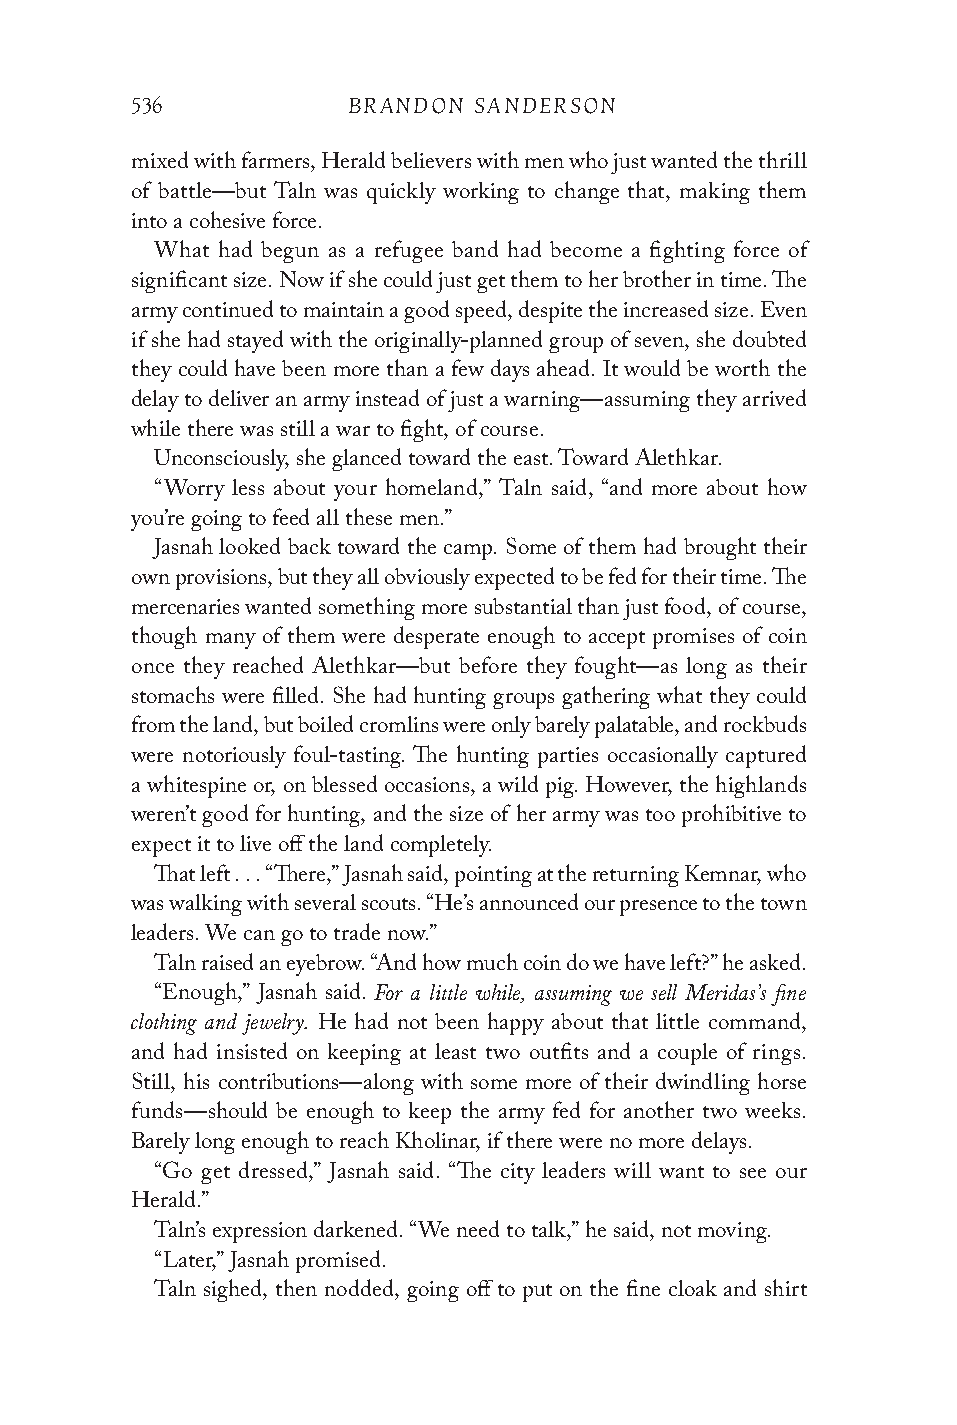
536           BRANDON SANDERSON
 mixed with farmers, Herald believers with men who just wanted the thrill
 of battle—but Taln was quickly working to change that, making them
 into a cohesive force.
 What had begun as a refugee band had become a fighting force of
 significant size. Now if she could just get them to her brother in time. The
 army continued to maintain a good speed, despite the increased size. Even
 if she had stayed with the originally-planned group of seven, she doubted
 they could have been more than a few days ahead. It would be worth the
 delay to deliver an army instead of just a warning—assuming they arrived
 while there was still a war to fight, of course.
 Unconsciously, she glanced toward the east. Toward Alethkar.
 “Worry less about your homeland,” Taln said, “and more about how
 you’re going to feed all these men.”
 Jasnah looked back toward the camp. Some of them had brought their
 own provisions, but they all obviously expected to be fed for their time. The
 mercenaries wanted something more substantial than just food, of course,
 though many of them were desperate enough to accept promises of coin
 once they reached Alethkar—but before they fought—as long as their
 stomachs were filled. She had hunting groups gathering what they could
 from the land, but boiled cromlins were only barely palatable, and rockbuds
 were notoriously foul-tasting. The hunting parties occasionally captured
 a whitespine or, on blessed occasions, a wild pig. However, the highlands
 weren’t good for hunting, and the size of her army was too prohibitive to
 expect it to live off the land completely.
 That left . . . “There,” Jasnah said, pointing at the returning Kemnar, who
 was walking with several scouts. “He’s announced our presence to the town
 leaders. We can go to trade now.”
 Taln raised an eyebrow. “And how much coin do we have left?” he asked.
 For a little while, assuming we sell Meridas’s fine
 “Enough,” Jasnah said.
 clothing and jewelry.
 He had not been happy about that little command,
 and had insisted on keeping at least two outfits and a couple of rings.
 Still, his contributions—along with some more of their dwindling horse
 funds—should be enough to keep the army fed for another two weeks.
 Barely long enough to reach Kholinar, if there were no more delays.
 “Go get dressed,” Jasnah said. “The city leaders will want to see our
 Herald.”
 Taln’s expression darkened. “We need to talk,” he said, not moving.
 “Later,” Jasnah promised.
 Taln sighed, then nodded, going off to put on the fine cloak and shirt